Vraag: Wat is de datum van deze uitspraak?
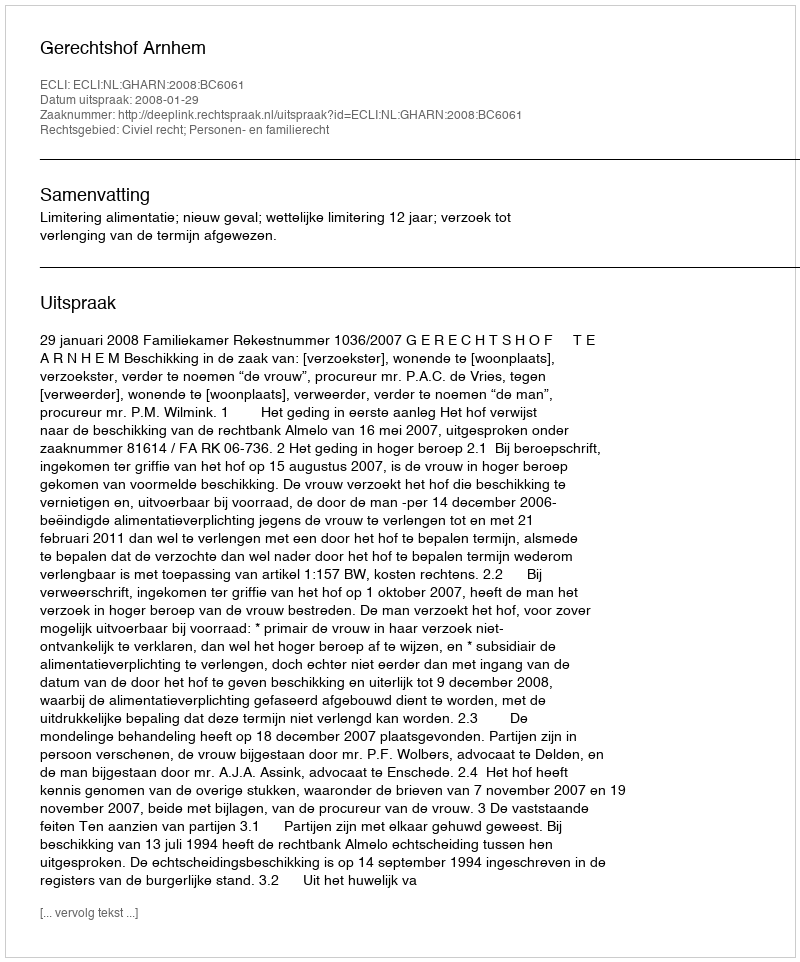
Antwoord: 2008-01-29